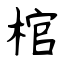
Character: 棺